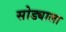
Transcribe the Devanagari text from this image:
सोड्याला